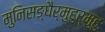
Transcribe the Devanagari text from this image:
मुनिसङ्घैर्मुहुर्मुहुः